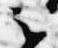
云